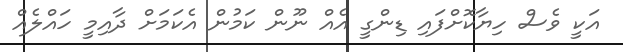
އަކީ ވެސް ހިޔާކޮށްފައި ޑިންގީ އެއް ނޫން ކަމުން އެކަމަށް ދާއިމީ ހައްލެއް